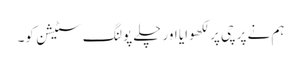
ہم نے پرچی پر لکھوایا اور چلے پولنگ سٹیشن کو۔